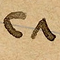
٢٨